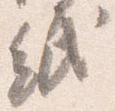
紙